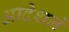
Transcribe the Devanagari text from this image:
आदेशने